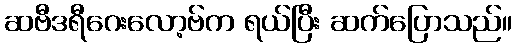
ဆဗီဒရီဂေးလော့ဗ်က ရယ်ပြီး ဆက်ပြောသည်။